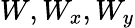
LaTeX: W,W_{x},W_{y}